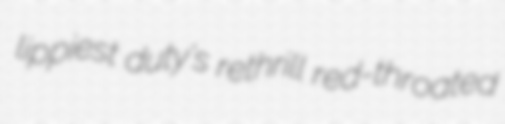
lippiest duty's rethrill red-throated